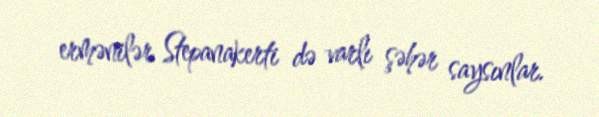
ermənilər Stepanakerti də varlı şəhər saysınlar.